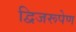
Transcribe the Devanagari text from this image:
द्विजरूपेण